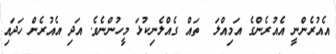
އެއުރެންނީ އެއުރެންގެ އަމިއްލަ  ތައް ގެއްލެނިކުޅަ މީހުންނެވެ. އަދި އެއުރެން ހަދައި